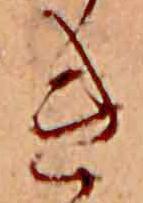
き